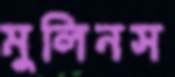
মুলিনস